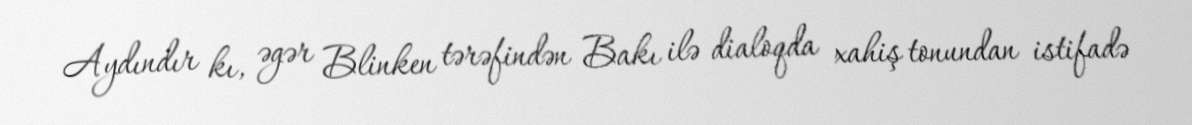
Aydındır kı, əgər Blinken tərəfindən Bakı ilə dialoqda xahiş tonundan istifadə